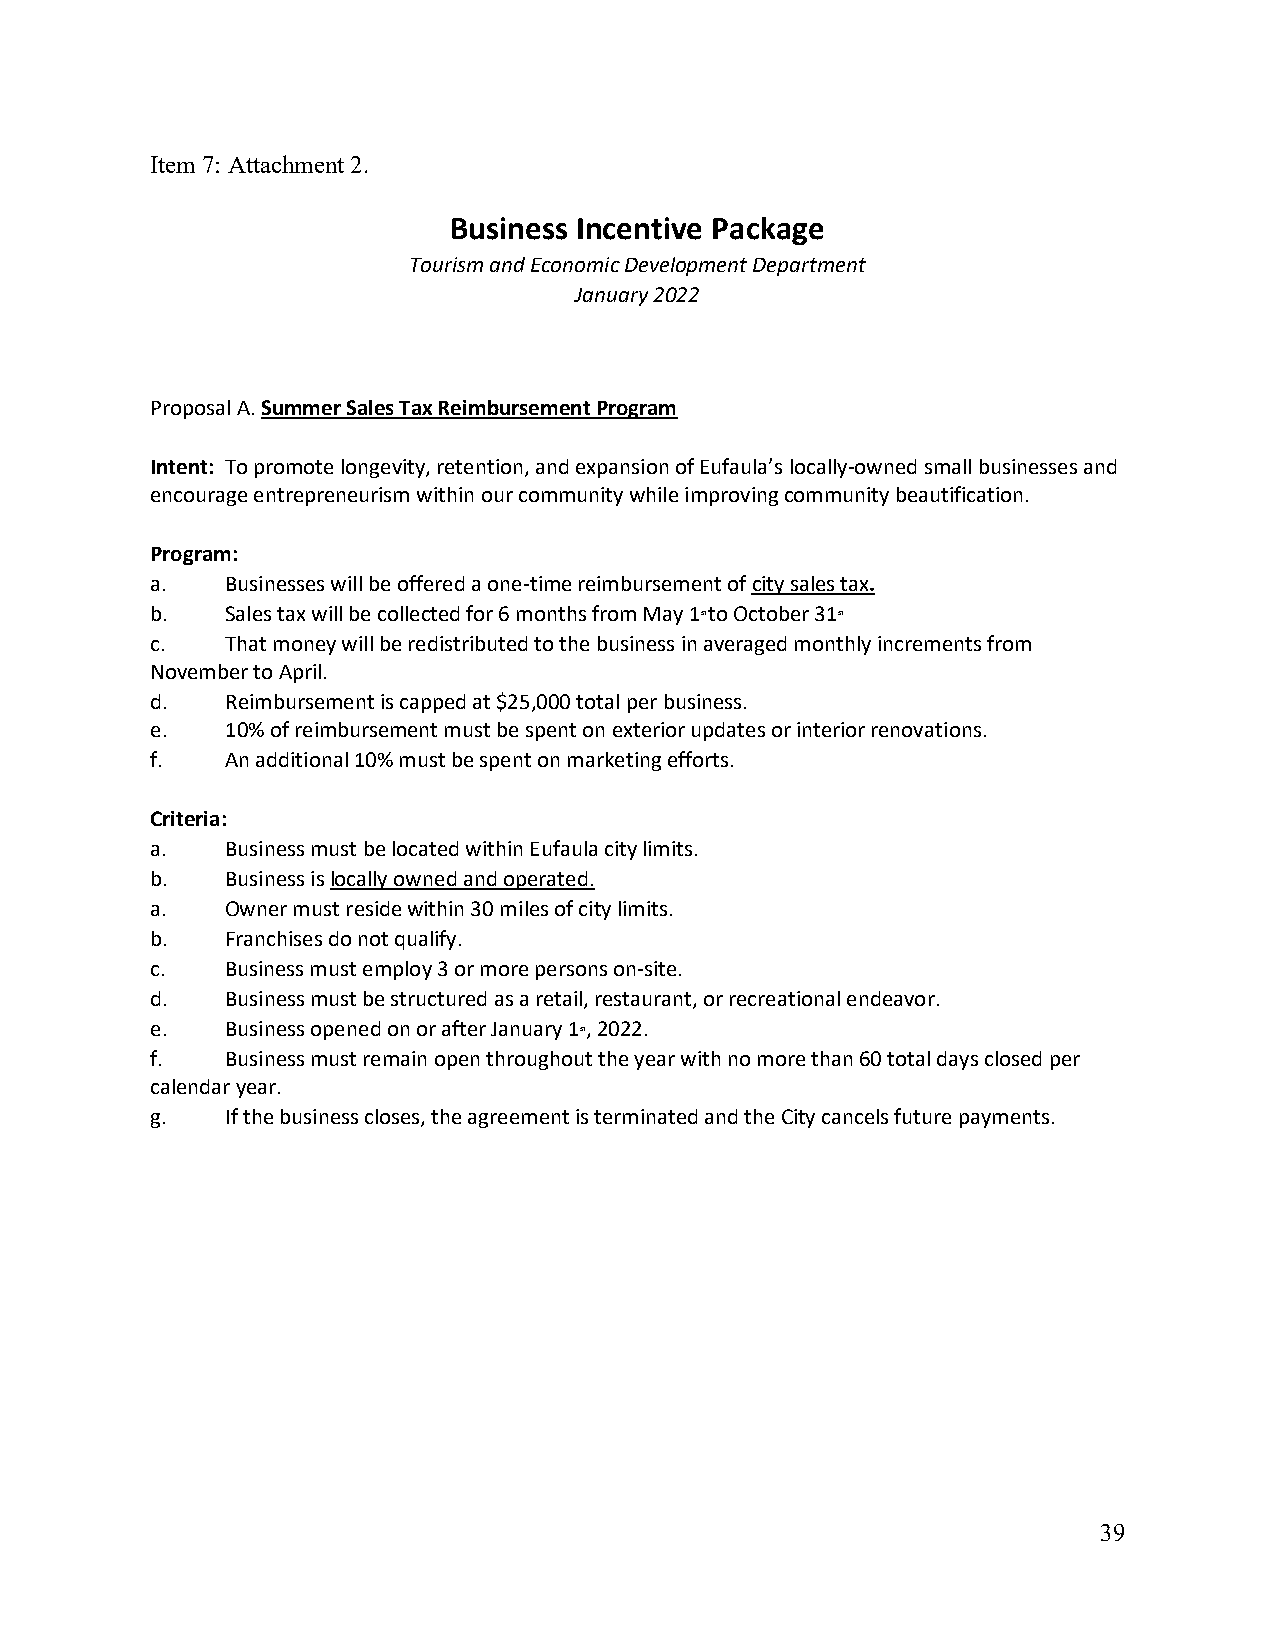
Item 7: Attachment 2.
 Business Incentive Package
 Tourism and Economic Development Department
 January 2022
 Proposal A. Summer Sales Tax Reimbursement Program
 Intent: To promote longevity, retention, and expansion of Eufaula’s locally-owned small businesses and
 encourage entrepreneurism within our community while improving community beautification.
 Program:
 a.   Businesses will be offered a one-time reimbursement of city sales tax.
 b.   Sales tax will be collected for 6 months from May 1st to October 31st.
 c.   That money will be redistributed to the business in averaged monthly increments from
 November to April.
 d.   Reimbursement is capped at $25,000 total per business.
 e.   10% of reimbursement must be spent on exterior updates or interior renovations.
 f.   An additional 10% must be spent on marketing efforts.
 Criteria:
 a.   Business must be located within Eufaula city limits.
 b.   Business is locally owned and operated.
 a.   Owner must reside within 30 miles of city limits.
 b.   Franchises do not qualify.
 c.   Business must employ 3 or more persons on-site.
 d.   Business must be structured as a retail, restaurant, or recreational endeavor.
 e.   Business opened on or after January 1st, 2022.
 f.   Business must remain open throughout the year with no more than 60 total days closed per
 calendar year.
 g.   If the business closes, the agreement is terminated and the City cancels future payments.
 39